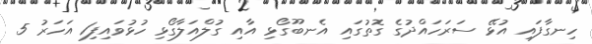
ހިނގާފައި އުޅޭ ސަރަހަައްދުގެ ގޮތުގައި އެނބޫގޯޅި އާއި ގުލްއަލާގޯޅި ހުޅުވައިފި1 އަހަރު 5